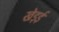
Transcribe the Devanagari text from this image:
खेड़ई